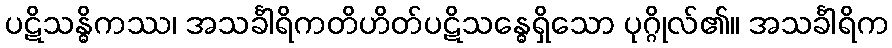
ပဋိသန္ဓိကဿ၊ အသင်္ခါရိကတိဟိတ်ပဋိသန္ဓေရှိသော ပုဂ္ဂိုလ်၏။ အသင်္ခါရိက